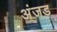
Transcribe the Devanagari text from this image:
अंजड